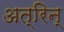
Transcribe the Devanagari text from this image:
अत्रिन्